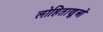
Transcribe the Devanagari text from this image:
लोहिताणुओं